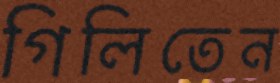
গিলিতেন